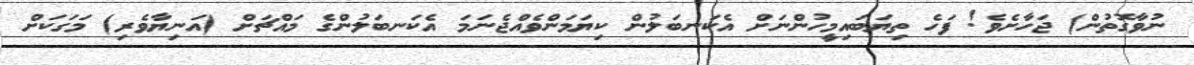
ނުވާގޮތުން) ޖަހާށެވެ! ފަހެ ތިޔަބައިމީހުންނަށް އެކަނބަލުން ކިޔަމަންވެއްޖެނަމަ އެކަނބަލުންގެ މައްޗަށް (އަނިޔާވެރި) މަގަކަށް